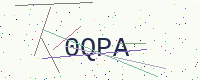
Text: 0QPA